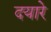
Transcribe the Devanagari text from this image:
दयारे